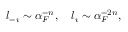
l _ { - \i } \sim \alpha _ { F } ^ { - n } , \quad l _ { \i } \sim \alpha _ { F } ^ { - 2 n } ,